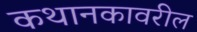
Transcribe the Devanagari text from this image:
कथानकावरील